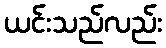
ယင်းသည်လည်း